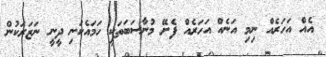
އެއް އަހަރެއް ނިމި އަނެއް އަހަރެއް ފެށޭ މުނާސަބަތަކީ ހަމައެކަނި ދީނީ ނަޒަރަކުން